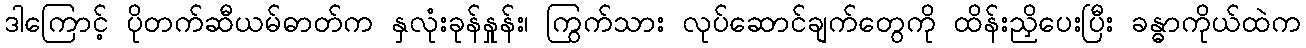
ဒါကြောင့် ပိုတက်ဆီယမ်ဓာတ်က နှလုံးခုန်နှုန်း၊ ကြွက်သား လုပ်ဆောင်ချက်တွေကို ထိန်းညှိပေးပြီး ခန္ဓာကိုယ်ထဲက